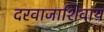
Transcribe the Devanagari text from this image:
दरवाजाशिवाय